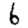
Digit: 6